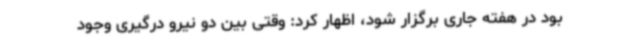
بود در هفته جاری برگزار شود، اظهار کرد: وقتی بین دو نیرو درگیری وجود